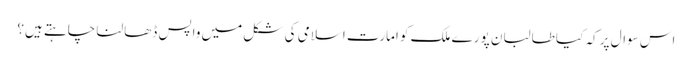
اس سوال پر کہ کیا طالبان پورے ملک کو امارت اسلامی کی شکل میں واپس ڈھالنا چاہتے ہیں؟